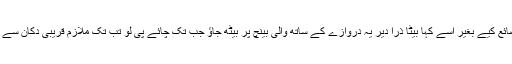
ماں جی نے بھی لمحہ ضائع کیے بغیر اسے کہا بیٹا ذرا دیر یہ دروازے کے ساتھ والی بینچ پر بیٹھ جاؤ جب تک چائے پی لو تب تک ملازم قریبی دکان سے کھلے پیسے لے آتا ہے ۔